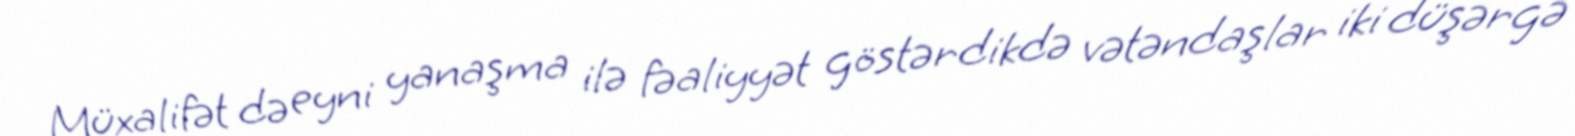
Müxalifət də eyni yanaşma ilə fəaliyyət göstərdikdə vətəndaşlar iki düşərgə